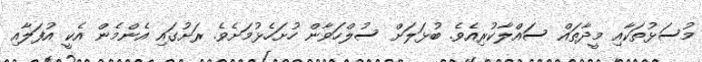
މުސަޅުތަކާއި މީދާތައް ސައްލާކުރިއެވެ. ބުޅަލަށް ސުލްހަވާން ހުށަހެޅުމަށެވެ. ރަށުގައި އެންމެން އެކީ އުފަލާއި